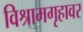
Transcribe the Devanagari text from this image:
विश्रामगृहावर